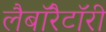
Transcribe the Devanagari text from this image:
लैबाॅरैटाॅरी